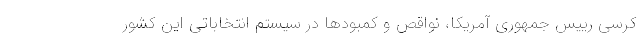
کرسی رییس جمهوری آمریکا، نواقص و کمبودها در سیستم انتخاباتی این کشور